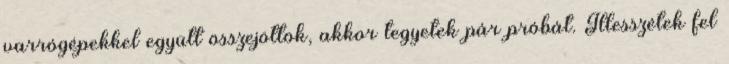
varrógépekkel együtt összejöttök, akkor tegyetek pár próbát. Illesszétek fel